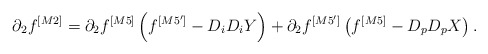
\begin{align*}\partial_2f^{[M2]}= \partial_2f^{[M5]} \left(f^{[M5']}-D_iD_iY\right) +\partial_2f^{[M5']}\left(f^{[M5]} -D_pD_pX\right).\end{align*}